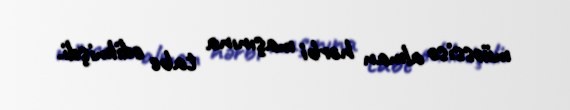
müəssisə alman hərbi maşınına tabe edilmişdi.